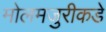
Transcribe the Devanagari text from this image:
मोलमजुरीकडे